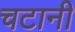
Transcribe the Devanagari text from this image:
चटानी